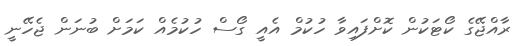
ރާއްޖޭގެ ކޯޓަކުން ކޮށްފައިވާ ހުކުމް އެއީ ގޯސް ހުކުމެއް ކަމަށް ބުނަން ޖެހޭނީ